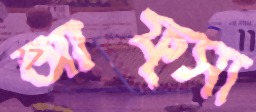
আফ্সা